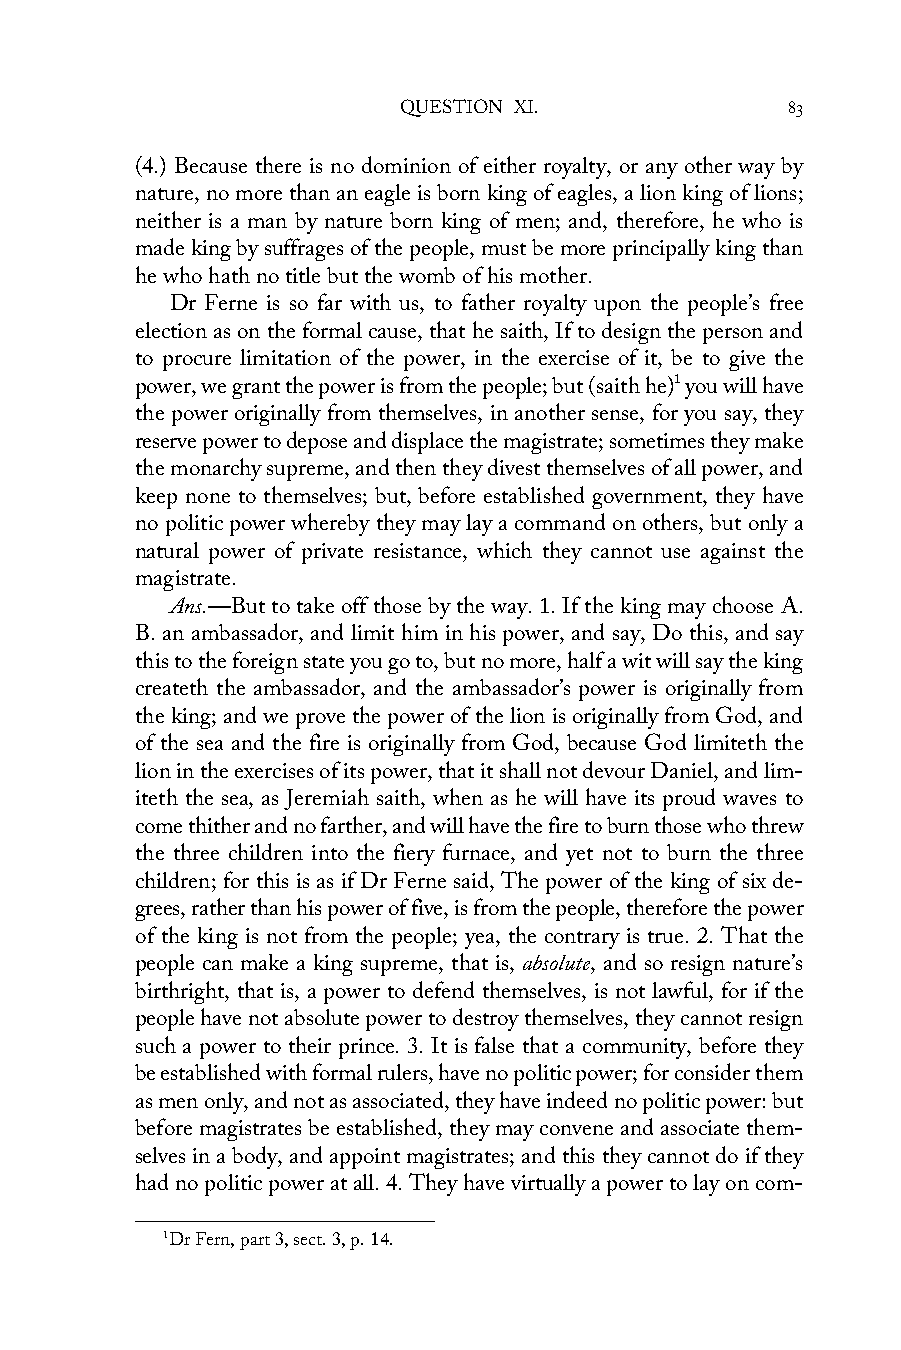
QUESTION XI.              83
 (4.) Because there is no dominion of either royalty, or any other way by
 nature, no more than an eagle is born king of eagles, a lion king of lions;
 neither is a man by nature born king of men; and, therefore, he who is
 made king by suffrages of the people, must be more principally king than
 he who hath no title but the womb of his mother.
 Dr Ferne is so far with us, to father royalty upon the people’s free
 election as on the formal cause, that he saith, If to design the person and
 to procure limitation of the power, in the exercise of it, be to give the
 power, we grant the power is from the people; but (saith he)1 you will have
 the power originally from themselves, in another sense, for you say, they
 reserve power to depose and displace the magistrate; sometimes they make
 the monarchy supreme, and then they divest themselves of all power, and
 keep none to themselves; but, before established government, they have
 no politic power whereby they may lay a command on others, but only a
 natural power of private resistance, which they cannot use against the
 magistrate.
 Ans.—But to take off those by the way. 1. If the king may choose A.
 B. an ambassador, and limit him in his power, and say, Do this, and say
 this to the foreign state you go to, but no more, half a wit will say the king
 createth the ambassador, and the ambassador’s power is originally from
 the king; and we prove the power of the lion is originally from God, and
 of the sea and the fire is originally from God, because God limiteth the
 lion in the exercises of its power, that it shall not devour Daniel, and lim-
 iteth the sea, as Jeremiah saith, when as he will have its proud waves to
 come thither and no farther, and will have the fire to burn those who threw
 the three children into the fiery furnace, and yet not to burn the three
 children; for this is as if Dr Ferne said, The power of the king of six de-
 grees, rather than his power of five, is from the people, therefore the power
 of the king is not from the people; yea, the contrary is true. 2. That the
 people can make a king supreme, that is, absolute, and so resign nature’s
 birthright, that is, a power to defend themselves, is not lawful, for if the
 people have not absolute power to destroy themselves, they cannot resign
 such a power to their prince. 3. It is false that a community, before they
 be established with formal rulers, have no politic power; for consider them
 as men only, and not as associated, they have indeed no politic power: but
 before magistrates be established, they may convene and associate them-
 selves in a body, and appoint magistrates; and this they cannot do if they
 had no politic power at all. 4. They have virtually a power to lay on com-
 1Dr Fern, part 3, sect. 3, p. 14.